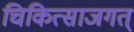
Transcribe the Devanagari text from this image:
चिकित्साजगत्‌